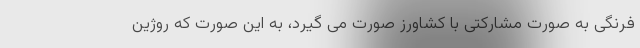
فرنگی به صورت مشارکتی با کشاورز صورت می گیرد، به این صورت که روژین